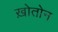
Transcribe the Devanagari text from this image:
ख़ोतोन